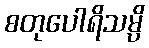
စတုပေါရိသမ္ပိ